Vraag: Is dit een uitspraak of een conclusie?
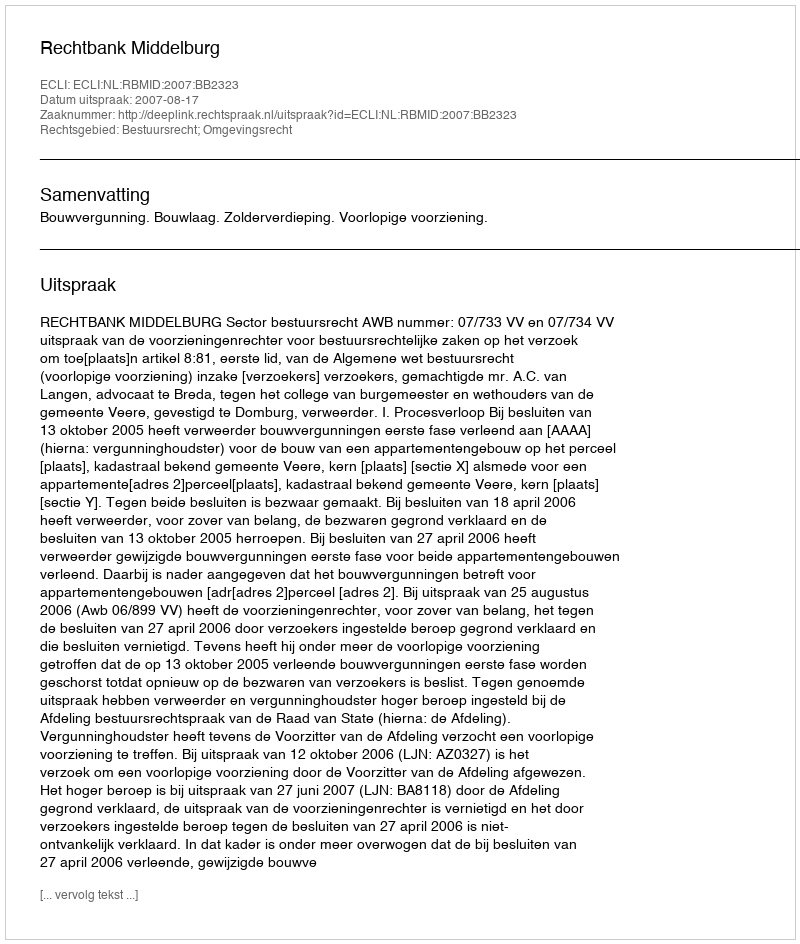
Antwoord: Uitspraak